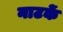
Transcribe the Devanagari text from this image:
नाटकें